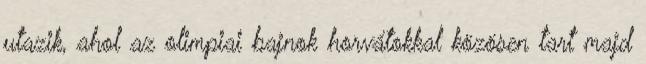
utazik, ahol az olimpiai bajnok horvátokkal közösen tart majd